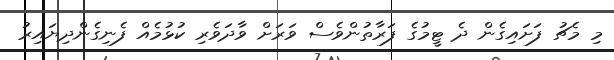
މި މެޗު ފަށައިގެން ދެ ޓީމުގެ ފަރާތުންވެސް ވަރަށް ވާދަވެރި ކުޅުމެއް ފެނިގެންދިޔައިރު